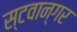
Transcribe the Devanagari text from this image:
स्टवान्गर